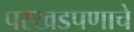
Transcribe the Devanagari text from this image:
परखडपणाचे